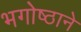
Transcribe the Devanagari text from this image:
भगोष्ठाने